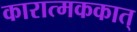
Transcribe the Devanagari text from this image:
कारात्मककात्‌